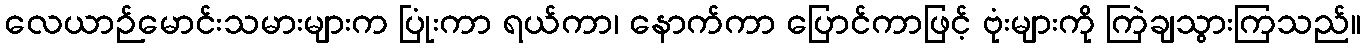
လေယာဉ်မောင်းသမားများက ပြုံးကာ ရယ်ကာ၊ နောက်ကာ ပြောင်ကာဖြင့် ဗုံးများကို ကြဲချသွားကြသည်။